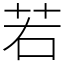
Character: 若